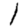
Digit: 1